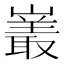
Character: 𪩝